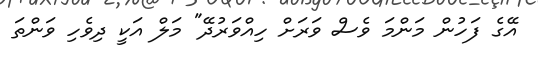
އޭގެ ފަހުން މަންމަ ވެސް ވަރަށް ހިއްވަރުދޭ" މަލް އަކީ ދިވެހި ވަންތަ